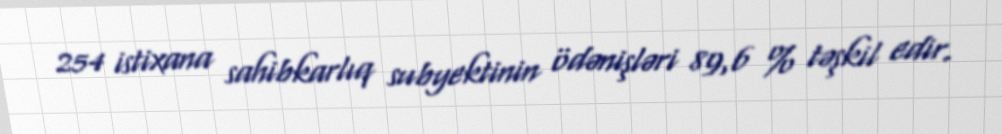
254 istixana sahibkarlıq subyektinin ödənişləri 89,6 % təşkil edir.